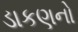
ડાકણનો